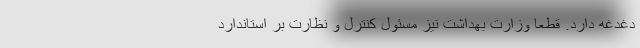
دغدغه دارد. قطعا وزارت بهداشت نیز مسئول کنترل و نظارت بر استاندارد